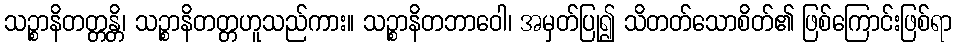
သဉ္စာနိတတ္တန္တိ၊ သဉ္စာနိတတ္တဟူသည်ကား။ သဉ္စာနိတဘာဝေါ၊ အမှတ်ပြု၍ သိတတ်သောစိတ်၏ ဖြစ်ကြောင်းဖြစ်ရာ